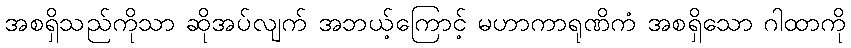
အစရှိသည်ကိုသာ ဆိုအပ်လျက် အဘယ့်ကြောင့် မဟာကာရုဏိကံ အစရှိသော ဂါထာကို